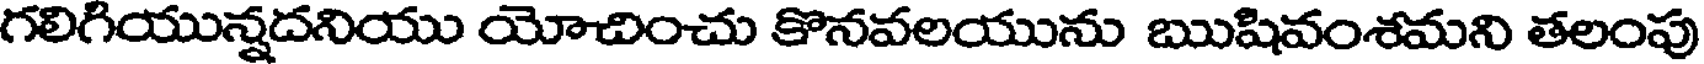
గలిగియున్నదనియు యోచించు కొనవలయును ఋషివంశమని తలంపు